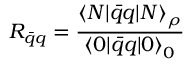
R _ { \bar { q } q } = \frac { { { \langle N | \bar { q } q | N \rangle } _ { \rho } } } { { \langle 0 | \bar { q } q | 0 \rangle } _ { 0 } }